Indian journal of veterinary science and animal husbandry - Volumes 24-25, 1954-1955
Year: 1954
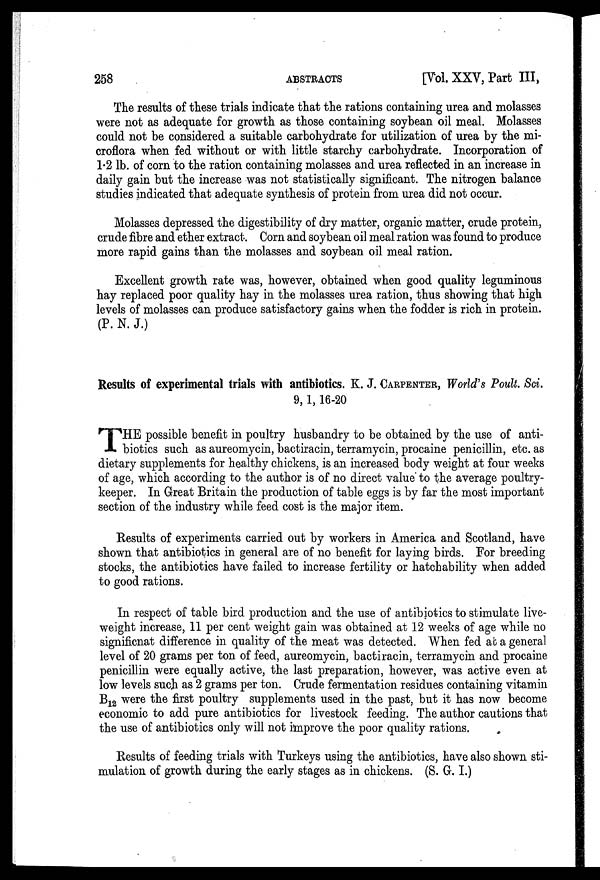
258
ABSTRACTS
[Vol. XXV, Part III,
The results of these trials indicate that the rations containing urea and molasses
were not as adequate for growth as those containing soybean oil meal. Molasses
could not be considered a suitable carbohydrate for utilization of urea by the mi-
croflora when fed without or with little starchy carbohydrate. Incorporation of
1.2 lb. of corn to the ration containing molasses and urea reflected in an increase in
daily gain but the increase was not statistically significant. The nitrogen balance
studies indicated that adequate synthesis of protein from urea did not occur.
Molasses depressed the digestibility of dry matter, organic matter, crude protein,
crude fibre and ether extract. Corn and soybean oil meal ration was found to produce
more rapid gains than the molasses and soybean oil meal ration.
Excellent growth rate was, however, obtained when good quality leguminous
hay replaced poor quality hay in the molasses urea ration, thus showing that high
levels of molasses can produce satisfactory gains when the fodder is rich in protein.
(P. N. J.)
Results of experimental trials with antibiotics. K. J. CARPENTER, World's Poult. Sci.
9, 1, 16-20
T HE possible benefit in poultry husbandry to be obtained by the use of anti-
biotics such as aureomycin, bactiracin, terramycin, procaine penicillin, etc. as
dietary supplements for healthy chickens, is an increased body weight at four weeks
of age, which according to the author is of no direct value to the average poultry-
keeper. In Great Britain the production of table eggs is by far the most important
section of the industry while feed cost is the major item.
Results of experiments carried out by workers in America and Scotland, have
shown that antibiotics in general are of no benefit for laying birds. For breeding
stocks, the antibiotics have failed to increase fertility or hatchability when added
to good rations.
In respect of table bird production and the use of antibiotics to stimulate live-
weight increase, 11 per cent weight gain was obtained at 12 weeks of age while no
significnat difference in quality of the meat was detected. When fed at a general
level of 20 grams per ton of feed, aureomycin, bactiracin, terramycin and procaine
penicillin were equally active, the last preparation, however, was active even at
low levels such as 2 grams per ton. Crude fermentation residues containing vitamin
B 12 were the first poultry supplements used in the past, but it has now become
economic to add pure antibiotics for livestock feeding. The author cautions that
the use of antibiotics only will not improve the poor quality rations.
Results of feeding trials with Turkeys using the antibiotics, have also shown sti-
mulation of growth during the early stages as in chickens. (S. G. I.)